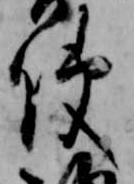
使